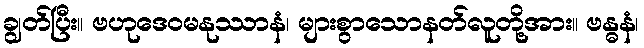
ချွတ်ပြီး။ ဗဟုဒေဝမနုဿာနံ၊ များစွာသောနတ်လူတို့အား။ ဗန္ဓနံ၊